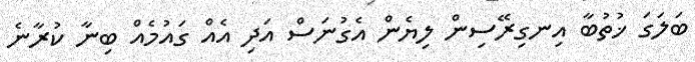
ބަލަގަ ޚުތުބާ އިނގިރޭސިން ލިޔެން އެގުނަސް އަދި އެއް ގައުމެއް ބިނާ ކުރާނެ